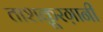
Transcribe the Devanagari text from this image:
ताशक़ूरग़ानी